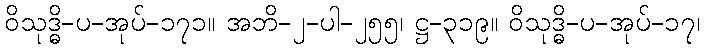
ဝိသုဒ္ဓိ-ပ-အုပ်-၁၇၁။ အဘိ-၂-ပါ-၂၅၅၊ ဋ္ဌ-၃၁၉။ ဝိသုဒ္ဓိ-ပ-အုပ်-၁၇၊